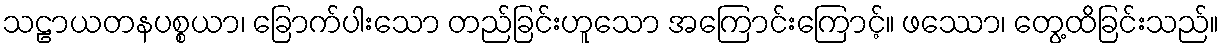
သဠာယတနပစ္စယာ၊ ခြောက်ပါးသော တည်ခြင်းဟူသော အကြောင်းကြောင့်။ ဖဿော၊ တွေ့ထိခြင်းသည်။